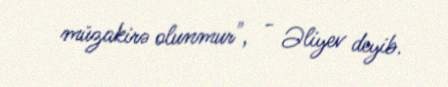
müzakirə olunmur", - Əliyev deyib.